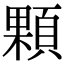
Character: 顆